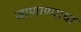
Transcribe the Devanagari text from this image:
जाणाण्याचा